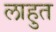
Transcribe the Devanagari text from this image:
लाहुत